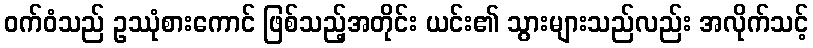
ဝက်ဝံသည် ဥဿုံစားကောင် ဖြစ်သည့်အတိုင်း ယင်း၏ သွားများသည်လည်း အလိုက်သင့်